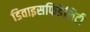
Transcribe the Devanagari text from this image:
डिवाइसफिडेलिटी